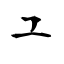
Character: ユ